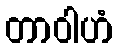
တာဝါဟံ